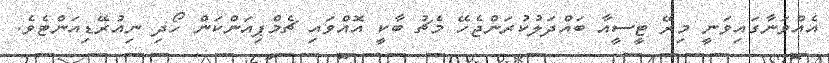
އެއްވަނާގައިވަނީ މިރޭ ޓީސީއާ ބައްދަލުކުރަންޖެހޭ މެޗު ބާކީ އޮއްވައި ޗެމްޕިއަންކަން ހޯދި ނިއުރޭޑިއަންޓެވެ.